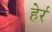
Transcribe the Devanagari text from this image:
हेर्र